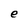
Character: e